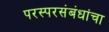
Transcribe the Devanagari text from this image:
परस्परसंबंधांचा